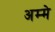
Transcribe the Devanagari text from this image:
अम्मे